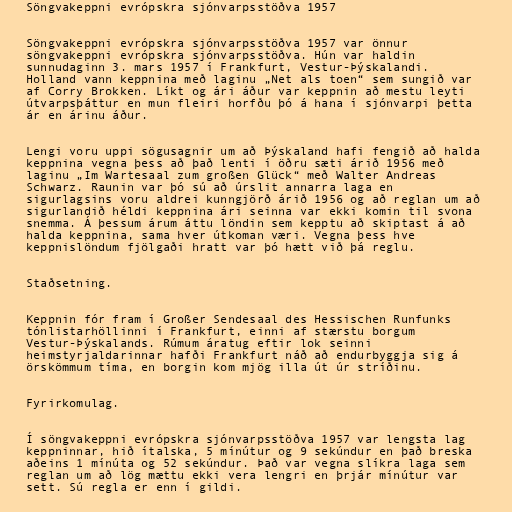
Söngvakeppni evrópskra sjónvarpsstöðva 1957

Söngvakeppni evrópskra sjónvarpsstöðva 1957 var önnur
söngvakeppni evrópskra sjónvarpsstöðva. Hún var haldin
sunnudaginn 3. mars 1957 í Frankfurt, Vestur-Þýskalandi.
Holland vann keppnina með laginu „Net als toen“ sem sungið var
af Corry Brokken. Líkt og ári áður var keppnin að mestu leyti
útvarpsþáttur en mun fleiri horfðu þó á hana í sjónvarpi þetta
ár en árinu áður.

Lengi voru uppi sögusagnir um að Þýskaland hafi fengið að halda
keppnina vegna þess að það lenti í öðru sæti árið 1956 með
laginu „Im Wartesaal zum großen Glück“ með Walter Andreas
Schwarz. Raunin var þó sú að úrslit annarra laga en
sigurlagsins voru aldrei kunngjörð árið 1956 og að reglan um að
sigurlandið héldi keppnina ári seinna var ekki komin til svona
snemma. Á þessum árum áttu löndin sem kepptu að skiptast á að
halda keppnina, sama hver útkoman væri. Vegna þess hve
keppnislöndum fjölgaði hratt var þó hætt við þá reglu.

Staðsetning.

Keppnin fór fram í Großer Sendesaal des Hessischen Runfunks
tónlistarhöllinni í Frankfurt, einni af stærstu borgum
Vestur-Þýskalands. Rúmum áratug eftir lok seinni
heimstyrjaldarinnar hafði Frankfurt náð að endurbyggja sig á
örskömmum tíma, en borgin kom mjög illa út úr stríðinu.

Fyrirkomulag.

Í söngvakeppni evrópskra sjónvarpsstöðva 1957 var lengsta lag
keppninnar, hið ítalska, 5 mínútur og 9 sekúndur en það breska
aðeins 1 mínúta og 52 sekúndur. Það var vegna slíkra laga sem
reglan um að lög mættu ekki vera lengri en þrjár mínútur var
sett. Sú regla er enn í gildi.